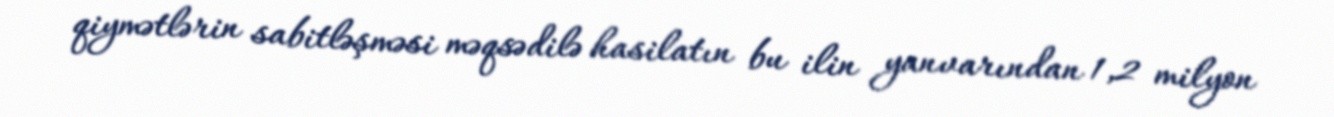
qiymətlərin sabitləşməsi məqsədilə hasilatın bu ilin yanvarından 1,2 milyon